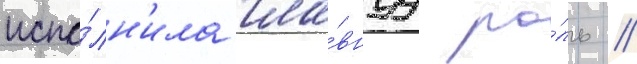
испо́лн'ила гла́внуу ро́ль //